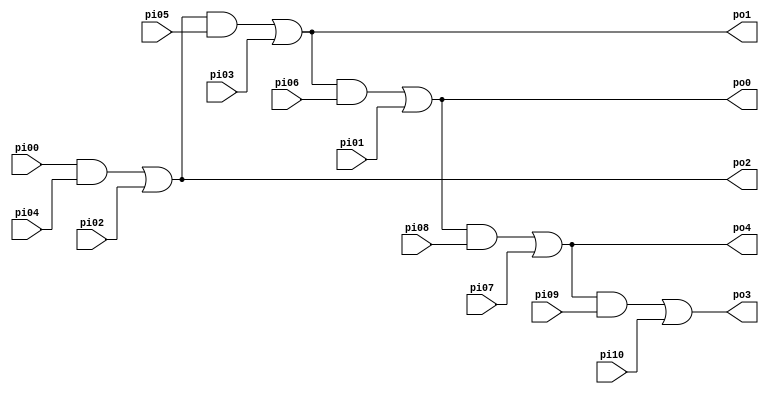
module source(pi00, pi01, pi02, pi03, pi04, pi05, pi06, pi07, pi08, pi09, pi10, po0, po1, po2, po3, po4);
  input  pi00, pi01, pi02, pi03, pi04, pi05, pi06, pi07, pi08, pi09, pi10;
  output po0, po1, po2, po3, po4;
  wire n18, n20, n22, n24, n26;
  assign n18 = pi00 & pi04;
  assign po2 = n18 | pi02;
  assign n20 = po2 & pi05;
  assign po1 = n20 | pi03;
  assign n22 = po1 & pi06;
  assign po0 = n22 | pi01;
  assign n24 = po0 & pi08;
  assign po4 = n24 | pi07;
  assign n26 = po4 & pi09;
  assign po3 = n26 | pi10;
endmodule